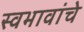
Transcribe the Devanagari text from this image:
स्वभावांचे